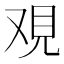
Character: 覌